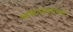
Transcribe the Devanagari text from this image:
भाषणस्वांतंत्र्य